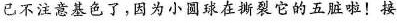
已不注意基色了，因为小圆球在撕裂它的五脏啦!接